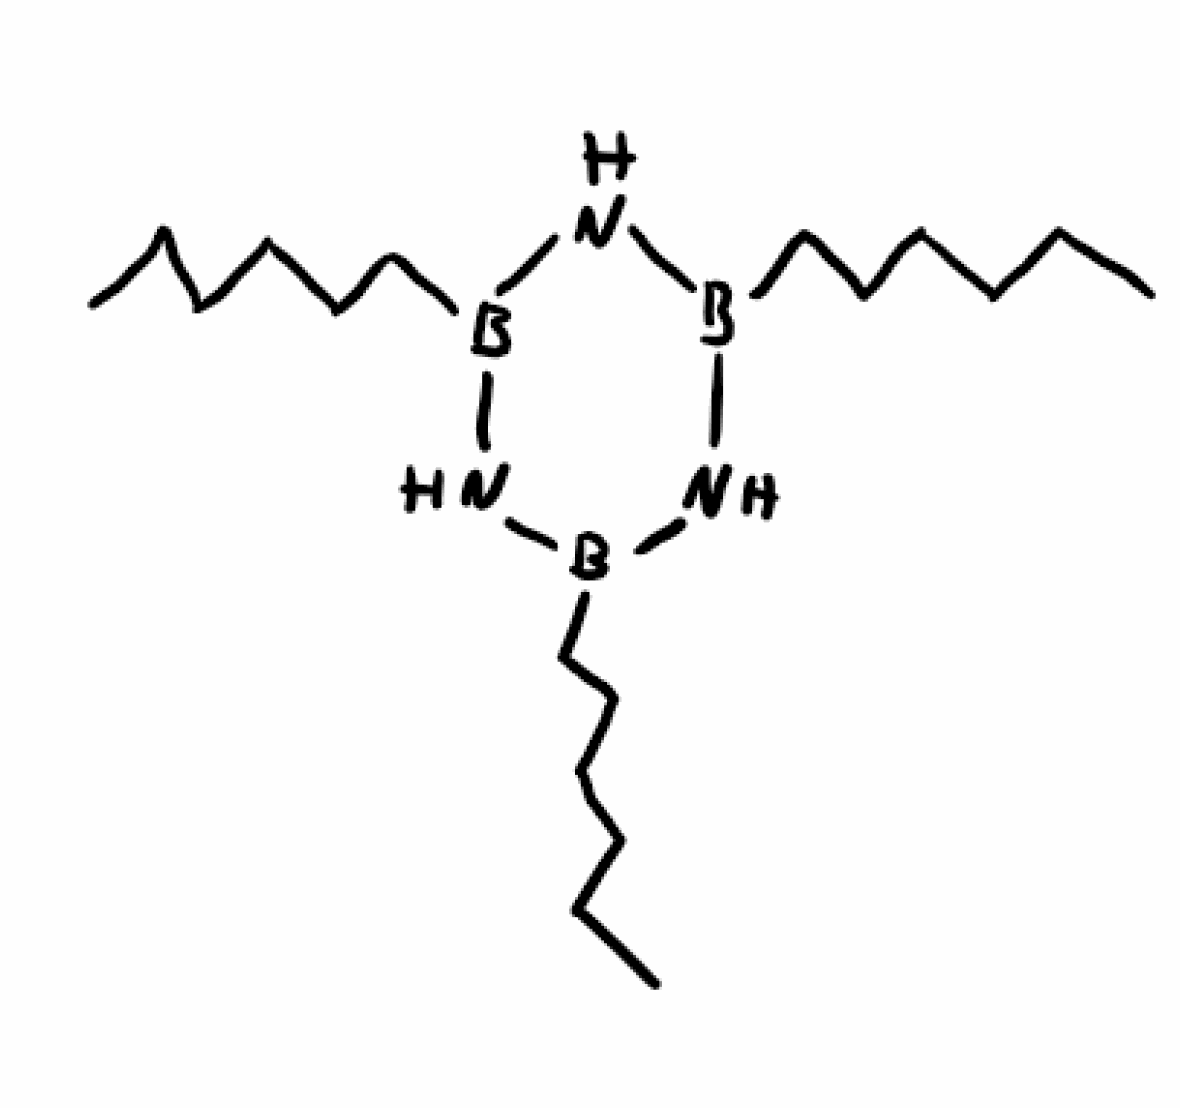
Simplified molecular-input line-entry system (SMILES) notation of the given molecule:
B1(NB(NB(N1)CCCCCC)CCCCCC)CCCCCC